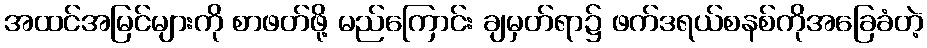
အထင်အမြင်များကို စာဖတ်ဖို့ မည်ကြောင်း ချမှတ်ရာ၌ ဖက်ဒရယ်စနစ်ကိုအခြေခံတဲ့